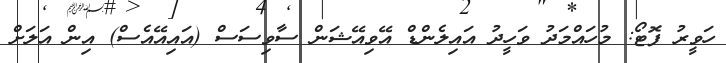
ހަވީރު ފޮޓޯ: މުހައްމަދު ވަހީދު އައިލެންޑް އޭވިއޭޝަން ސާވިސަސް (އައިއޭއެސް) އިން އަލަށް